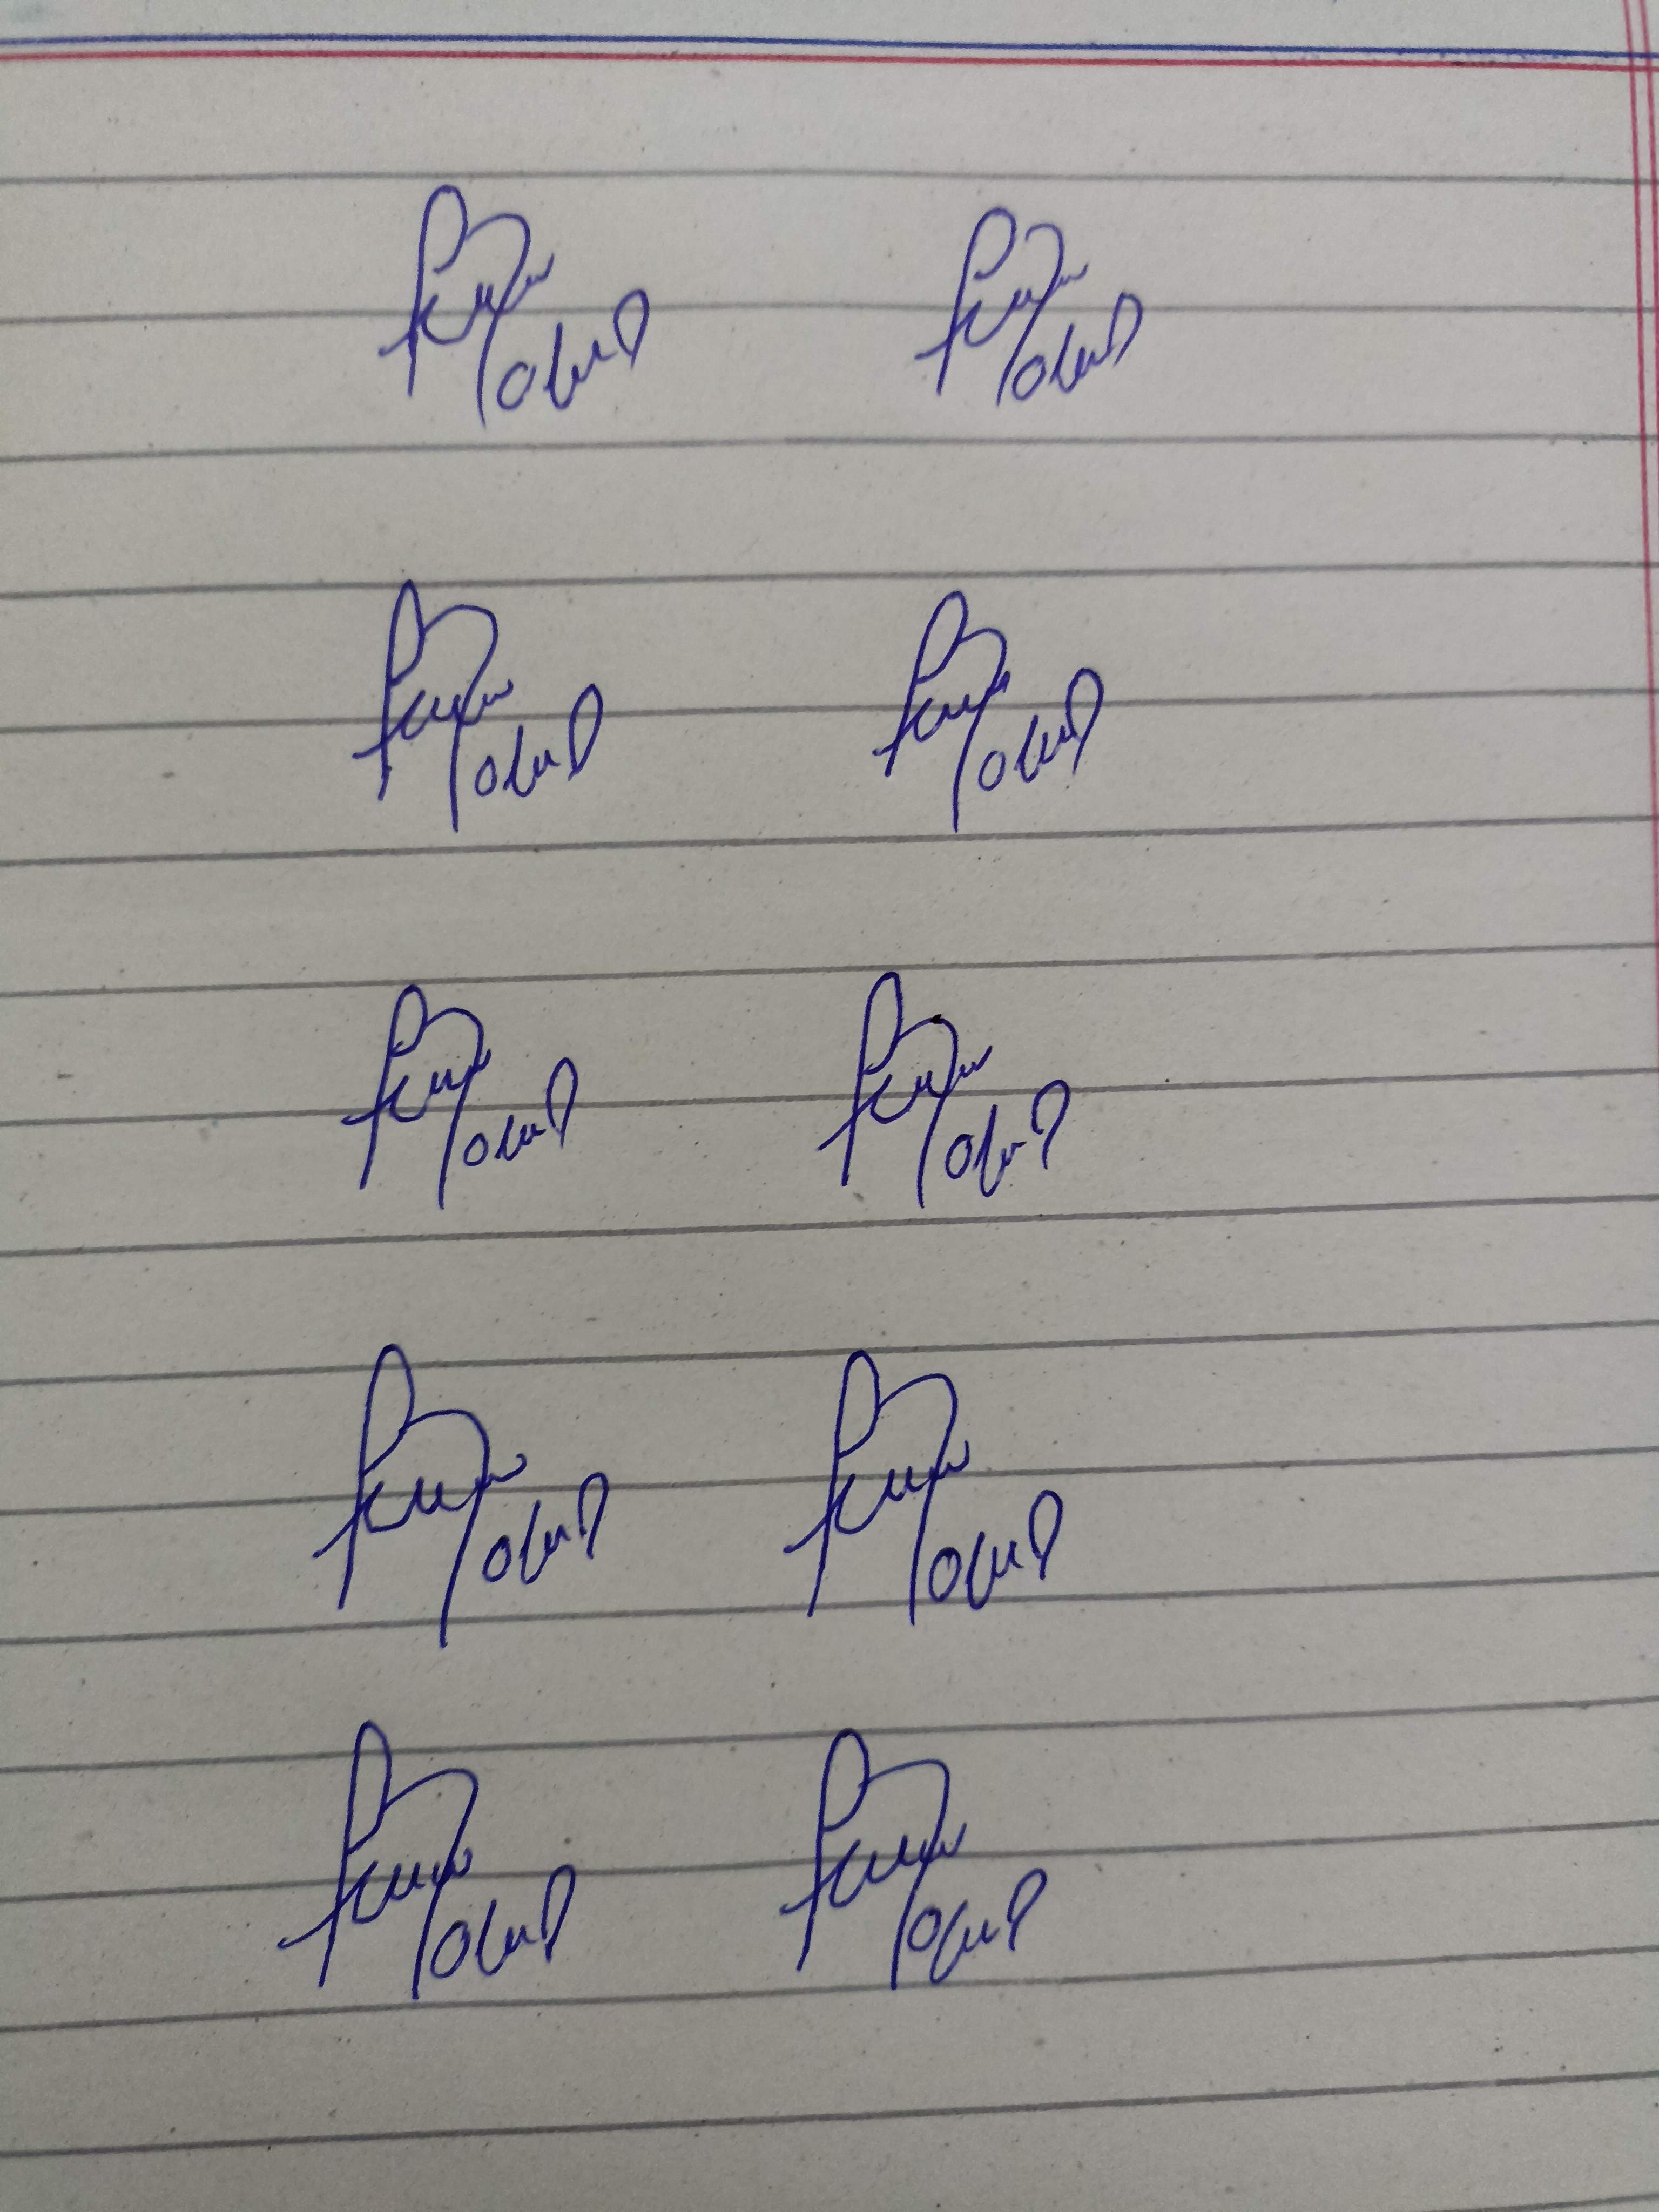
Signature authenticity: forged